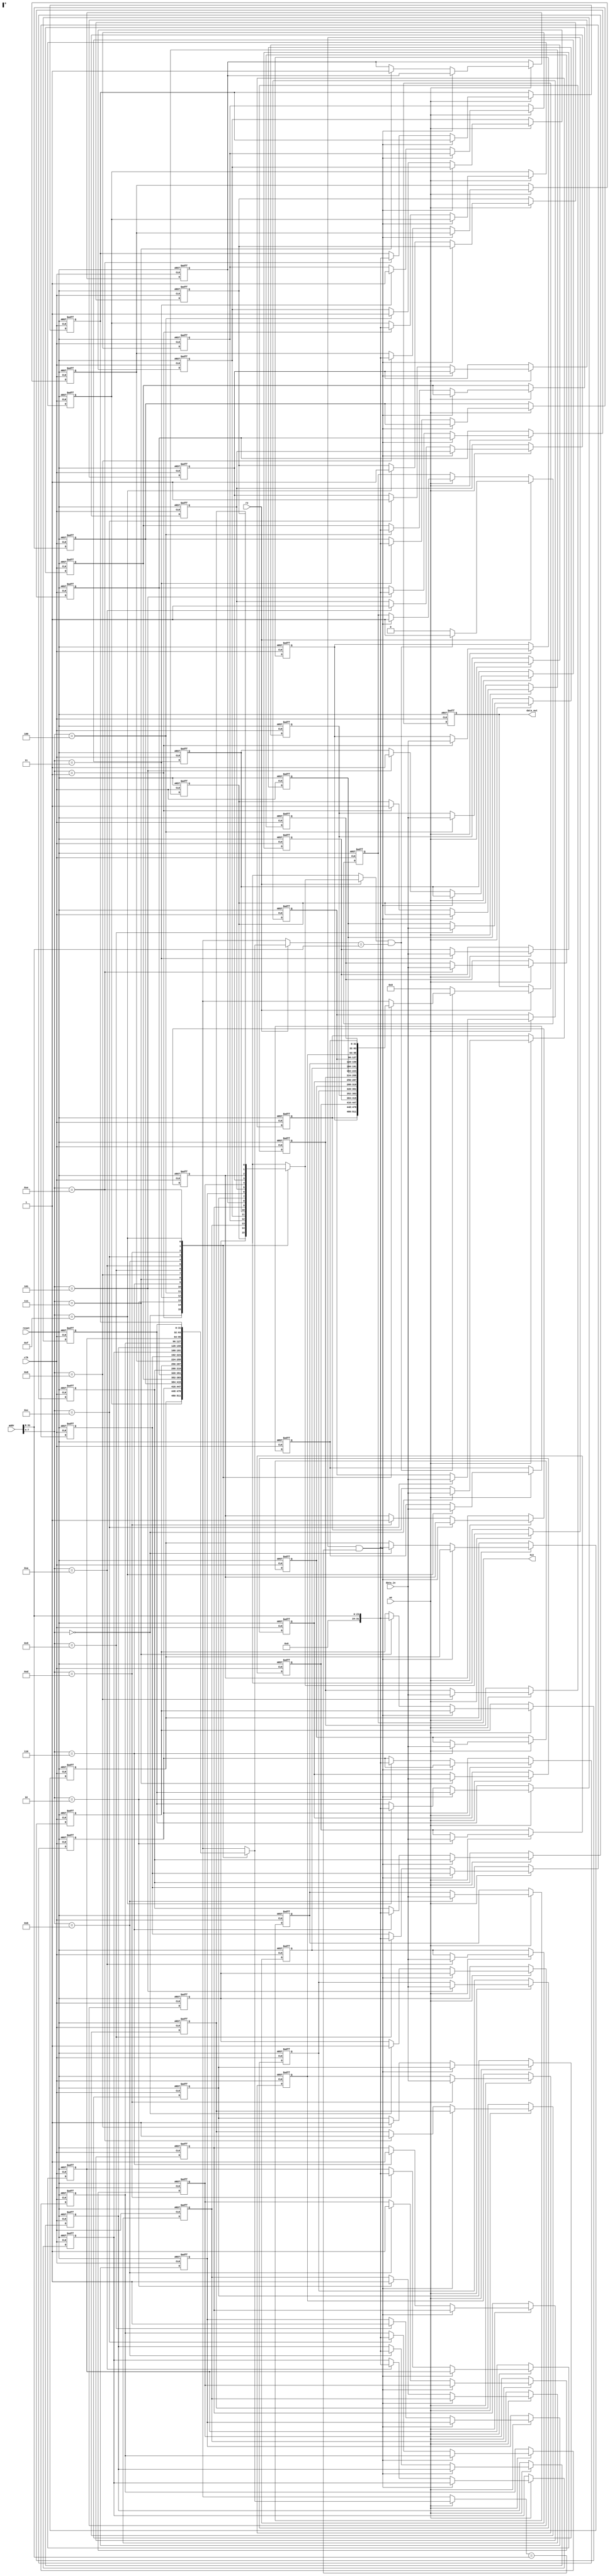
module WriteThroughCache #(
    parameter CACHE_SIZE = 16, // Number of cache lines
    parameter LINE_SIZE = 32    // Data size in each line (in bits)
) (
    input  wire                 clk,        // Clock signal
    input  wire                 reset,      // Reset signal
    input  wire                 we,         // Write enable
    input  wire                 re,         // Read enable
    input  wire [31:0]         addr,       // Address
    input  wire [LINE_SIZE-1:0] data_in,   // Data input
    output reg [LINE_SIZE-1:0] data_out,   // Data output
    output reg                 hit          // Hit signal
);

    // Cache line structure
    reg [31:0] tag [0:CACHE_SIZE-1];           // Tag for each cache line
    reg [LINE_SIZE-1:0] cache_data [0:CACHE_SIZE-1]; // Data for each cache line
    reg valid [0:CACHE_SIZE-1];                // Valid bits for cache lines

    // Calculate index from address (assuming simple mapping)
    wire [3:0] index;                          // Index to select cache line
    wire [31:0] addr_tag;                      // Tag extracted from address
    assign index = addr[7:4];                  // Example: using bits 4-7 for index
    assign addr_tag = addr[31:8];              // Example: using bits 8-31 for tag

    integer i;

    // Cache operation
    always @(posedge clk or posedge reset) begin
        if (reset) begin
            // Invalidate all cache lines on reset
            for (i = 0; i < CACHE_SIZE; i = i + 1) begin
                valid[i] <= 1'b0;
                tag[i] <= 32'b0;
                cache_data[i] <= {LINE_SIZE{1'b0}};
            end
            data_out <= {LINE_SIZE{1'b0}};
            hit <= 1'b0;
        end else begin
            // Write operation
            if (we) begin
                if (valid[index] && (tag[index] == addr_tag)) begin
                    // Cache hit
                    cache_data[index] <= data_in; // Write to cache
                    hit <= 1'b1;                   // Set hit flag
                end else begin
                    // Cache miss
                    valid[index] <= 1'b1;          // Mark line as valid
                    tag[index] <= addr_tag;       // Update tag
                    cache_data[index] <= data_in; // Write new data to cache
                end
                // Simulate write to main memory
                // Here you would include the logic to write to main memory
            end

            // Read operation
            if (re) begin
                if (valid[index] && (tag[index] == addr_tag)) begin
                    // Cache hit
                    data_out <= cache_data[index]; // Read from cache
                    hit <= 1'b1;                   // Set hit flag
                end else begin
                    // Cache miss
                    // Here you would include the logic to read from main memory
                    // and load the data into the cache
                    data_out <= {LINE_SIZE{1'b0}}; // Placeholder for main memory data
                    hit <= 1'b0;                   // Miss
                end
            end
        end
    end

endmodule